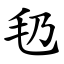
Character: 㲌